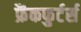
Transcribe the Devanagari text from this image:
फ्रैंकफुर्टर्स